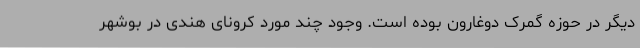
دیگر در حوزه گمرک دوغارون بوده است. وجود چند مورد کرونای هندی در بوشهر